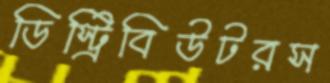
ডিস্ট্রিবিউটরস